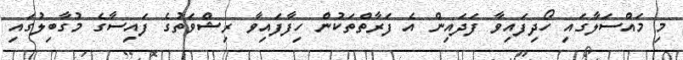
މި މައްސަލާގައި ހޯދިފައިވާ ފަދައިން އެ ފަރާތްތަކުން ހިފާފައިވާ ރިޝްވަތުގެ ފައިސާގެ މުގާބިލުގައި